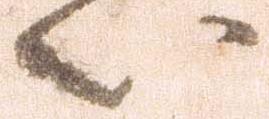
い